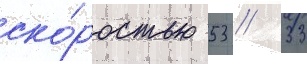
ско́ростью 53 // 33